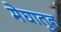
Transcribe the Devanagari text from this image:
मेघातुन